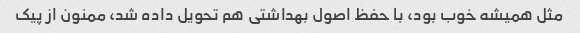
مثل همیشه خوب بود، با حفظ اصول بهداشتی هم تحویل داده شد، ممنون از پیک